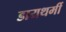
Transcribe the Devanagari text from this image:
डायथर्मी